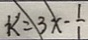
k = 3 x - \frac { 1 } { 1 }